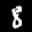
Label: 8